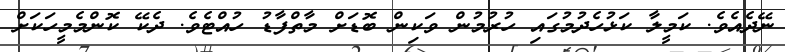
ނޭދެއެވެ. ކަމީލާ ކަޅުހެދުމުގައި ހުރުމުން ވަކިން ބޮޑަށް މާތްފާޑު ހުއްޓެވެ. ދެކޭ ކޮންމެމީހަކަށް